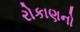
રોકાણનો